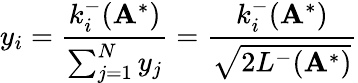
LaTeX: y_{i}=\frac{k_{i}^{-}(\mathbf{A}^{*})}{\sum_{j=1}^{N}y_{j}}=\frac{k_{i}^{-}(\mathbf{A}^{*})}{\sqrt{2L^{-}(\mathbf{A}^{*})}}